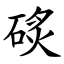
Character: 䂹